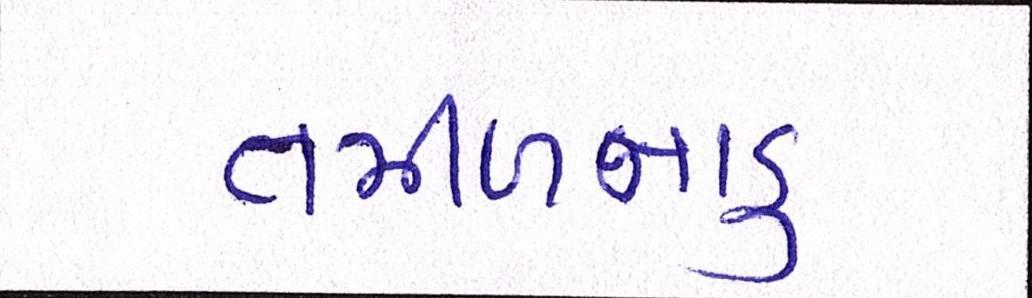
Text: તમીળનાડુ